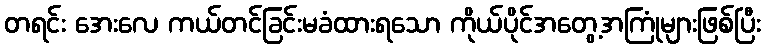
တရင်း အေးလေ ကယ်တင်ခြင်းမခံထားရသော ကိုယ်ပိုင်အတွေ့အကြုံများဖြစ်ပြီး